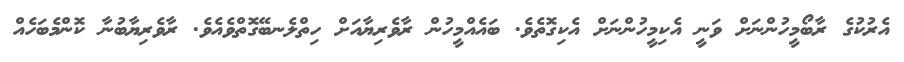
އެރުކުގެ ރާބޯމީހުންނަށް ވަނީ އެކިމީހުންނަށް އެކިގޮތެވެ. ބައެއްމީހުން ރާވެރިޔާއަށް ހިތްލެނބޭގޮތްވެއެވެ. ރާވެރިޔާބުނާ ކޮންމެބަހެއް